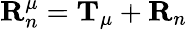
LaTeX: \mathbf{R}_{n}^{\mu}=\mathbf{T}_{\mu}+\mathbf{R}_{n}